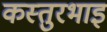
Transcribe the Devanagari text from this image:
कस्तुरभाइ